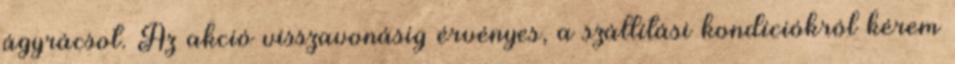
ágyrácsot. Az akció visszavonásig érvényes, a szállítási kondíciókról kérem